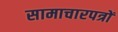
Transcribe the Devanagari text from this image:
सामाचारपत्रों